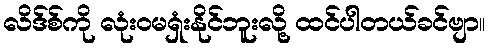
လိဒ်စ်ကို လုံးဝမရှံးနိုင်ဘူးလို့ ထင်ပါတယ်ခင်ဗျာ။